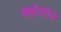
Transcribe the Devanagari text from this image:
सर्पाजीन